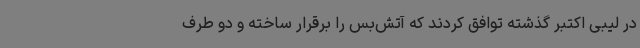
در لیبی اکتبر گذشته توافق کردند که آتش‌بس را برقرار ساخته و دو طرف